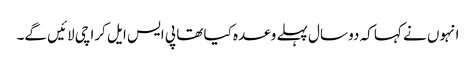
انہوں نے کہا کہ دو سال پہلے وعدہ کیا تھا پی ایس ایل کراچی لائیں گے۔